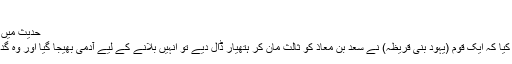
[1]
حدیث میں اس مسجد کا ذکر[ترمیم]
ابو سعید خدری نے بیان کیا کہ ایک قوم (یہود بنی قریظہ) نے سعد بن معاذ کو ثالث مان کر ہتھیار ڈال دیے تو انہیں بلانے کے لیے آدمی بھیجا گیا اور وہ گدھے پر سوار ہو کر آئے۔